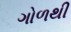
ગોળથી